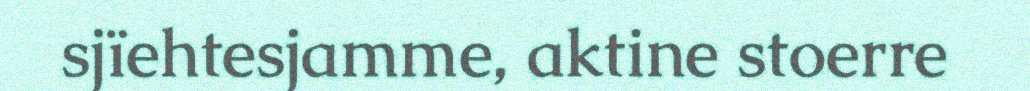
sjïehtesjamme, aktine stoerre